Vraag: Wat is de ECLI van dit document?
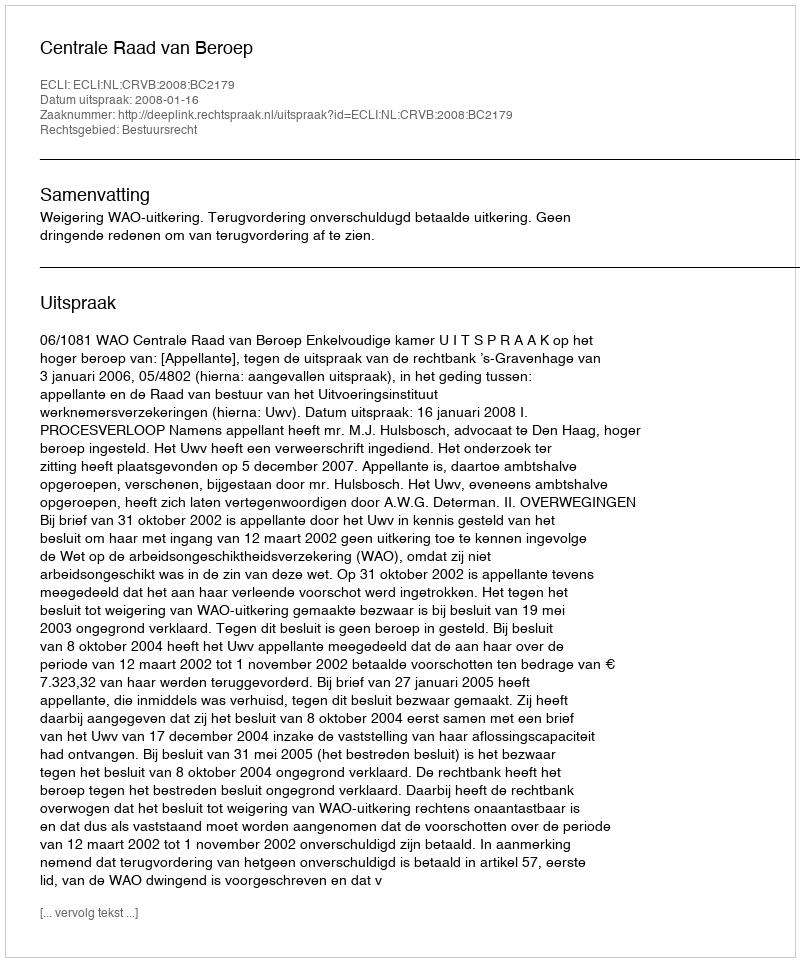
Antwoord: ECLI:NL:CRVB:2008:BC2179